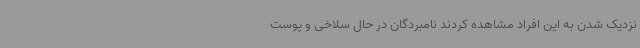
نزدیک شدن به این افراد مشاهده کردند نامبردگان در حال سلاخی و پوست